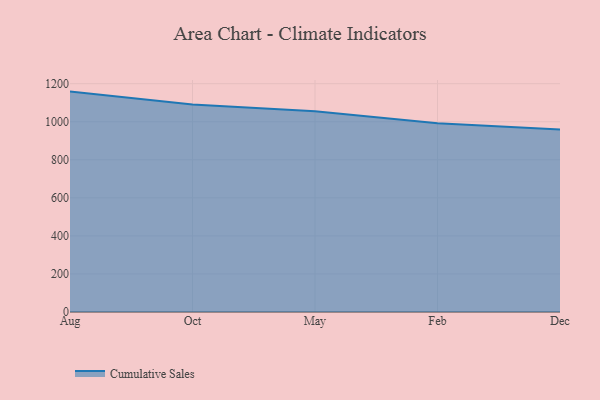
{"axis": {"x": "Month", "y": "Production Output"}, "legend": ["Cumulative Sales"], "data": [{"x": "Aug", "y": 1158.4, "type": "Cumulative Sales"}, {"x": "Oct", "y": 1090.6, "type": "Cumulative Sales"}, {"x": "May", "y": 1055.0, "type": "Cumulative Sales"}, {"x": "Feb", "y": 991.7, "type": "Cumulative Sales"}, {"x": "Dec", "y": 959.4, "type": "Cumulative Sales"}]}